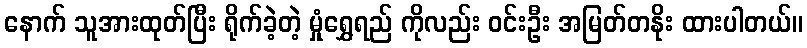
နောက် သူအားထုတ်ပြီး ရိုက်ခဲ့တဲ့ မှုံရွှေရည် ကိုလည်း ဝင်းဦး အမြတ်တနိုး ထားပါတယ်။